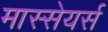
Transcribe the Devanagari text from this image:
मास्सेयर्स